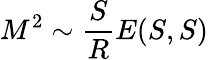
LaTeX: M^{2}\sim\frac{S}{R}E(S,S)